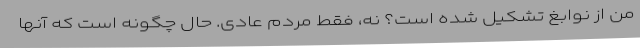
من از نوابغ تشکیل شده است؟ نه، فقط مردم عادی. حال چگونه است که آنها